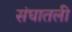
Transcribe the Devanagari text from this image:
संघातली